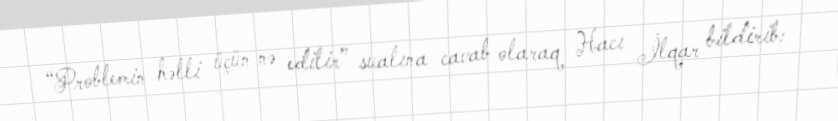
“Problemin həlli üçün nə edilir” sualına cavab olaraq Hacı İlqar bildirib: